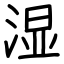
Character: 湿